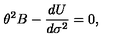
{ \theta } ^ { 2 } B - \frac { d U } { d { \sigma } ^ { 2 } } = 0 ,